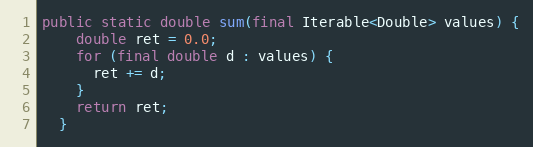
Language: Java
public static double sum(final Iterable<Double> values) {
    double ret = 0.0;
    for (final double d : values) {
      ret += d;
    }
    return ret;
  }